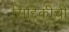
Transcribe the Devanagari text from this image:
सिद्दिकीची